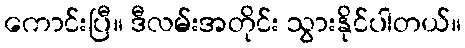
ကောင်းပြီ။ ဒီလမ်းအတိုင်း သွားနိုင်ပါတယ်။